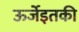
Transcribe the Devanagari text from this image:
ऊर्जेइतकी